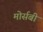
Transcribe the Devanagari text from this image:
मोर्सबी